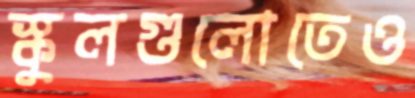
স্কুলগুলোতেও